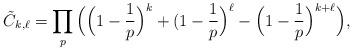
LaTeX: \begin{align*} \tilde{C}_{k,\ell} = \prod_p \Big ( \Big (1-\frac{1}{p} \Big )^{k} +(1-\frac{1}{p} \Big )^{\ell} - \Big ( 1-\frac{1}{p} \Big )^{k+\ell} \Big ),\end{align*}